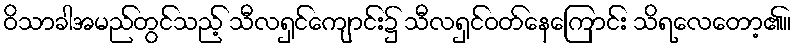
ဝိသာခါအမည်တွင်သည့် သီလရှင်ကျောင်း၌ သီလရှင်ဝတ်နေကြောင်း သိရလေတော့၏။